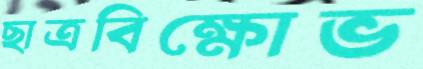
ছাত্রবিক্ষোভ